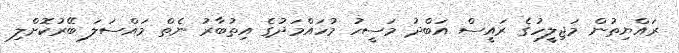
ރައްޔިތުން މަޖިލީހުގެ ރައީސް އަބްދު މަސީހު މުހައްމަދުގެ އިތުބާރު ނެތް މައްސަލަ ބޭރުކޮށްލި